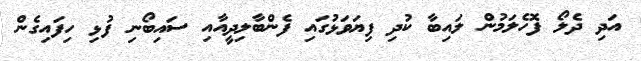
އަދި ދެލޯ ފޮހެލަމުން ލައިބާ ކުދި ފިޔަވަޅުގައި ފެންބާލިދީއާއި ސައިބޯނި ފުޅި ހިފައިގެން